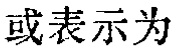
或表示为